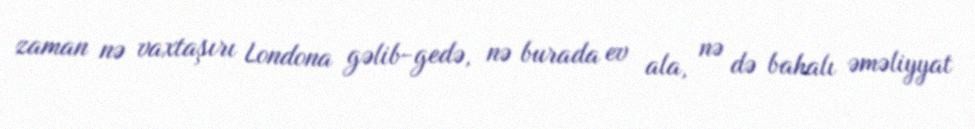
zaman nə vaxtaşırı Londona gəlib-gedə, nə burada ev ala, nə də bahalı əməliyyat